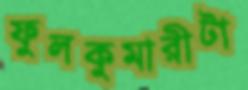
ফুলকুমারীটা